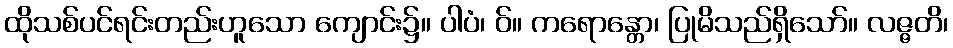
ထိုသစ်ပင်ရင်းတည်းဟူသော ကျောင်း၌။ ပါပံ၊ ဝ်။ ကရောန္တော၊ ပြုမိသည်ရှိသော်။ လဇ္ဇတိ၊